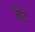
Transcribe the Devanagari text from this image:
जैंटे